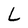
Character: L